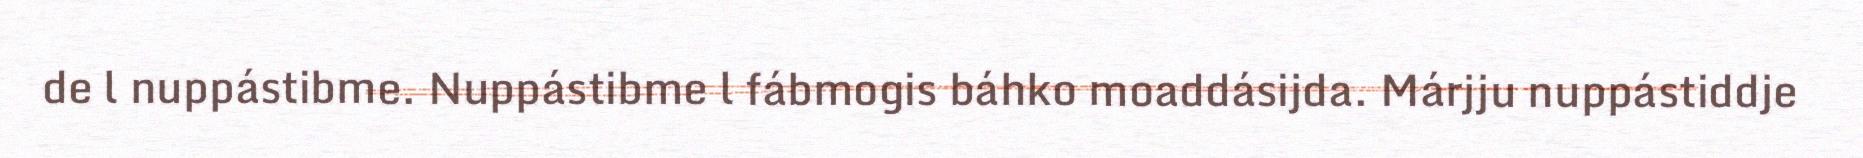
de l nuppástibme. Nuppástibme l fábmogis báhko moaddásijda. Márjju nuppástiddje